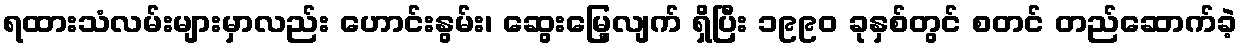
ရထားသံလမ်းများမှာလည်း ဟောင်းနွမ်း၊ ဆွေးမြေ့လျက် ရှိပြီး ၁၉၉၀ ခုနှစ်တွင် စတင် တည်ဆောက်ခဲ့